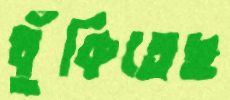
ধুঁকিতেছ